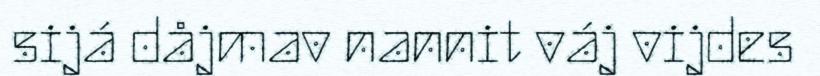
sijá dåjmav nannit váj vijdes